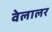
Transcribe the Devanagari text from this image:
वेलालर